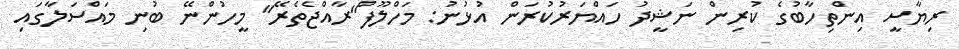
ރިޔާސީ އިންތިހާބުގެ ކުރިން ނަޝީދު ހައްޔަރުކުރަން އުޅުނު: މަހްލޫފް"ރާއްޖެތެރޭ" މީހުންނޭ ބުނި މައްސަލާގައި